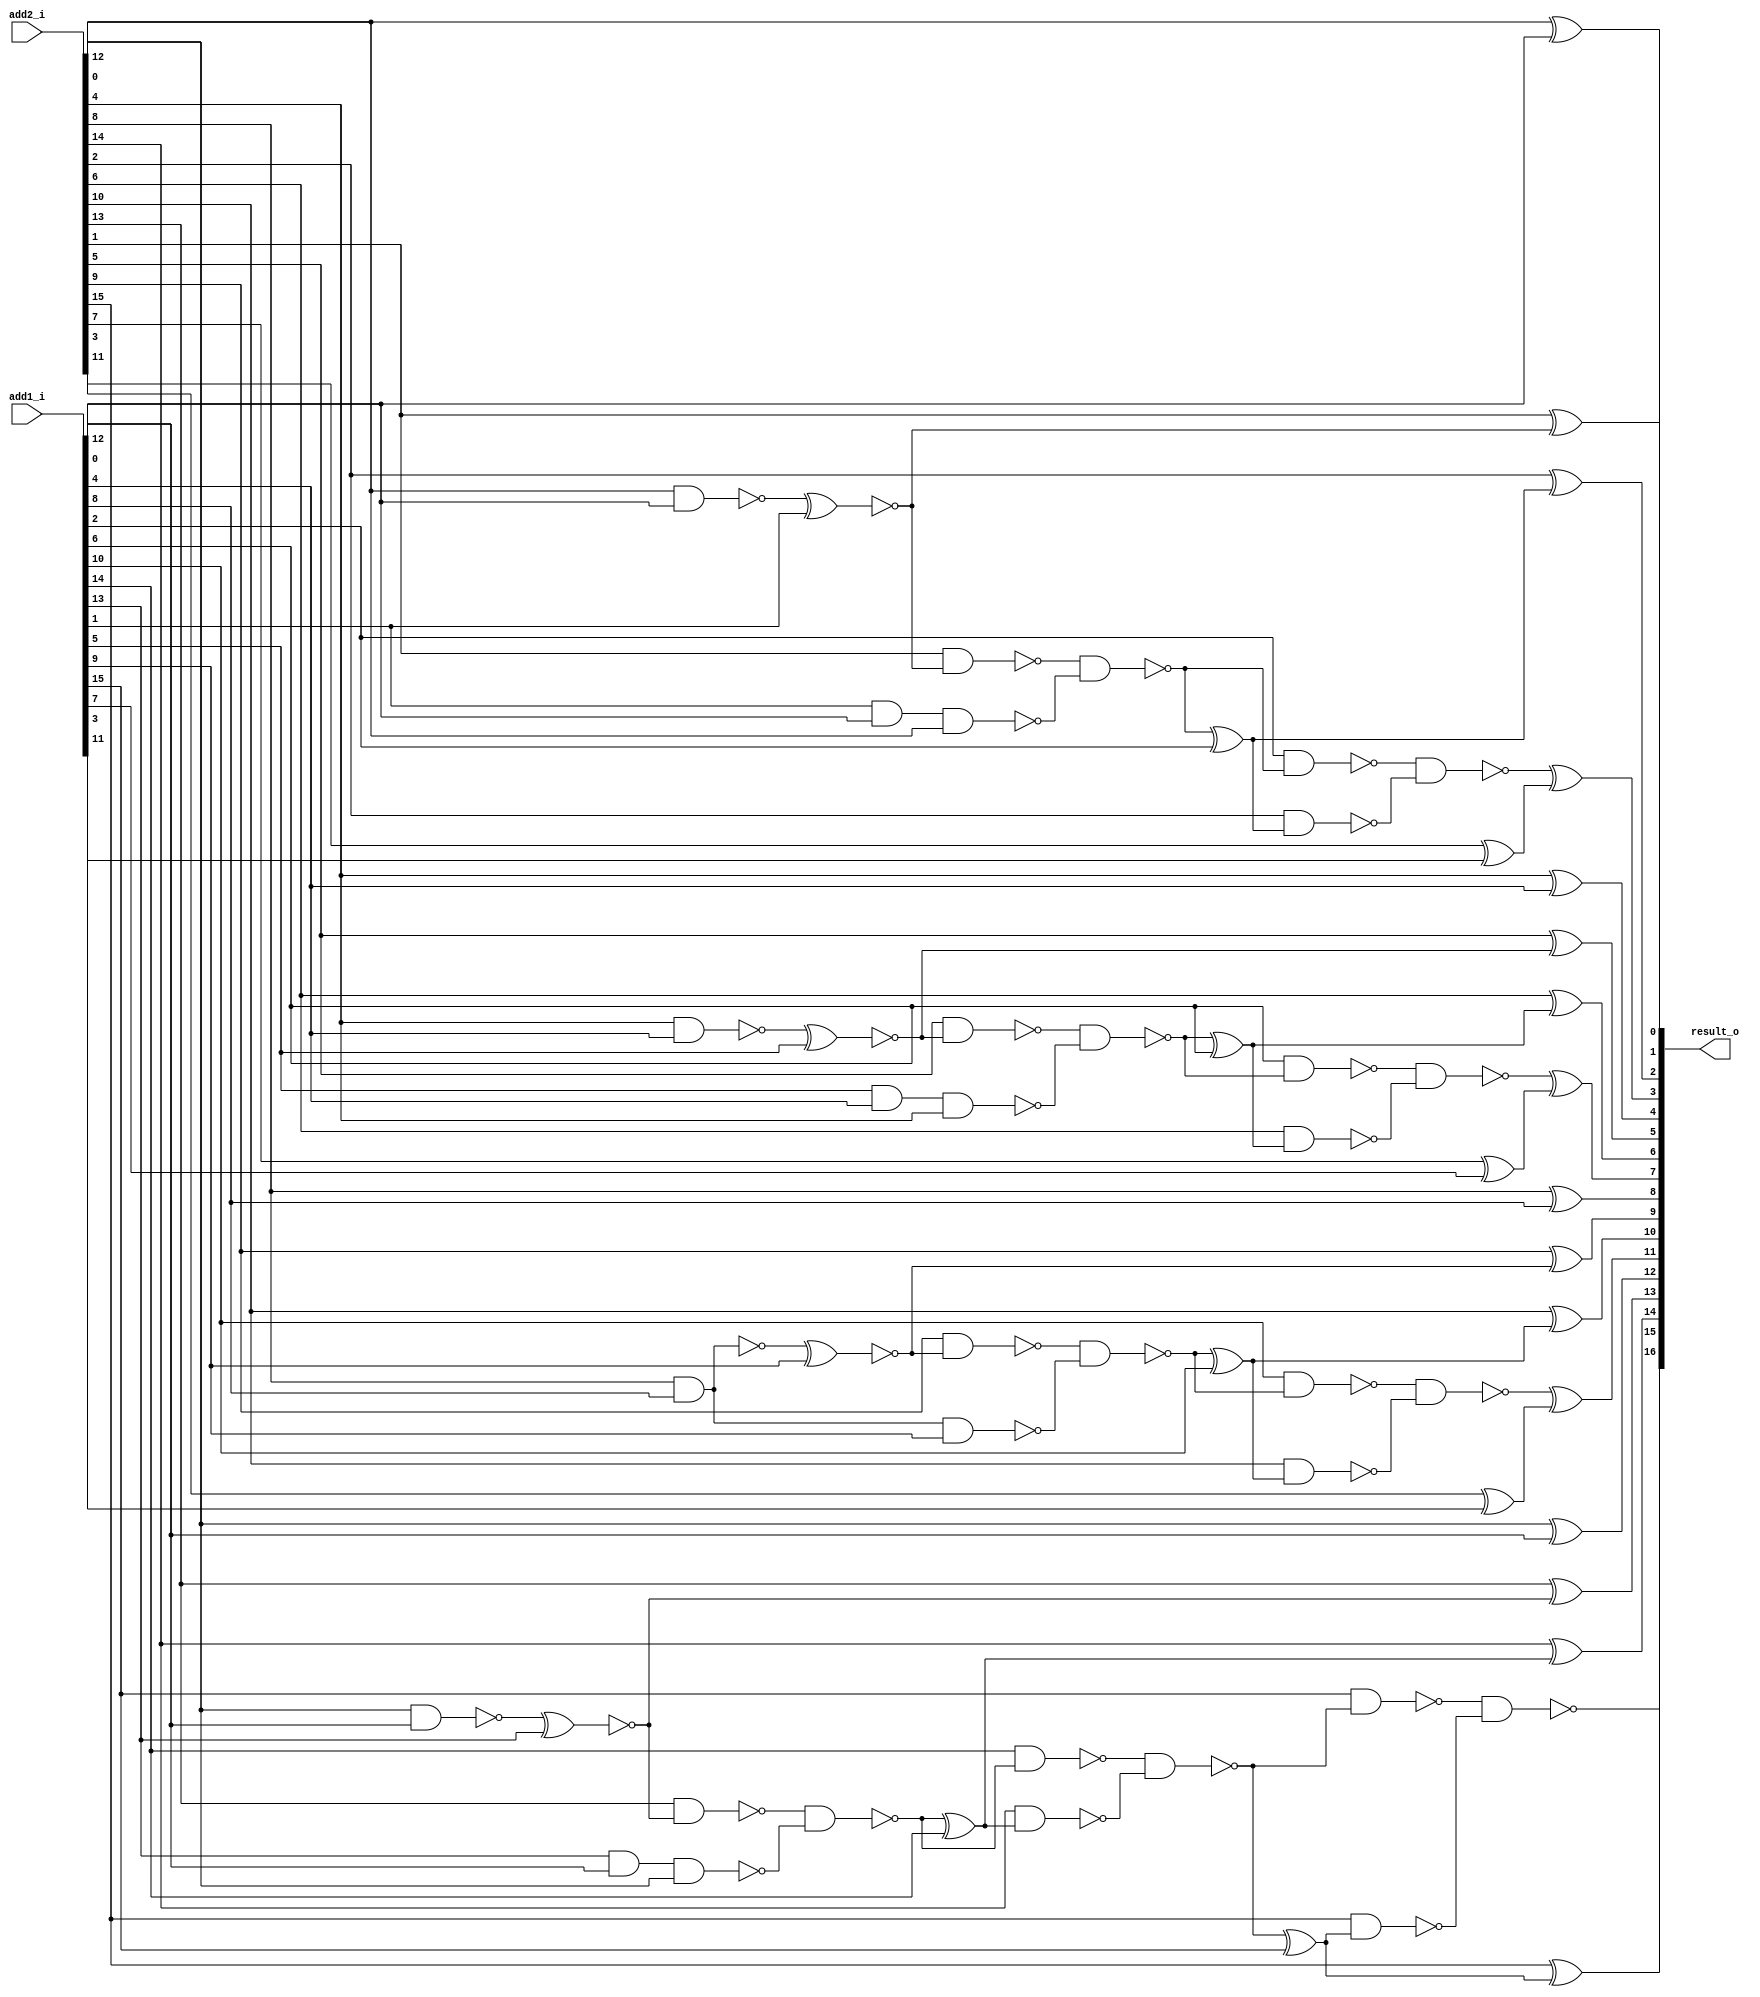
module equal_segmentation_adder16 ( add1_i, add2_i, result_o );
  input [15:0] add1_i, add2_i;
  output [16:0] result_o;
  wire   n28, n29, n30, n31, n32, n33, n34, n35, n36, n37, n38, n39, n40, n41,
         n42, n43, n44, n45, n46, n47, n48, n49, n50, n51, n52, n53, n54, n55,
         n56, n57, n58, n59, n60, n61, n62, n63, n64, n65, n66, n67, n68, n69;

  xor U36 ( result_o[9], add2_i[9], n28);
  xor U37 ( result_o[8], add2_i[8], add1_i[8]);
  xor U38 ( result_o[7], n29, n30);
  xor U39 ( n30, add2_i[7], add1_i[7]);
  xor U40 ( result_o[6], add2_i[6], n33);
  xor U41 ( n33, n34, add1_i[6]);
  xor U42 ( result_o[5], add2_i[5], n37);
  xor U43 ( result_o[4], add2_i[4], add1_i[4]);
  xor U44 ( result_o[3], n39, n40);
  xor U45 ( n40, add2_i[3], add1_i[3]);
  xor U46 ( result_o[2], add2_i[2], n43);
  xor U47 ( n43, n44, add1_i[2]);
  xor U48 ( result_o[1], add2_i[1], n47);
  xor U49 ( result_o[15], add2_i[15], n51);
  xor U50 ( n51, n52, add1_i[15]);
  xor U51 ( result_o[14], add2_i[14], n55);
  xor U52 ( n55, n56, add1_i[14]);
  xor U53 ( result_o[13], add2_i[13], n59);
  xor U54 ( result_o[12], add2_i[12], add1_i[12]);
  xor U55 ( result_o[11], n61, n62);
  xor U56 ( n62, add2_i[11], add1_i[11]);
  xor U57 ( result_o[10], add2_i[10], n65);
  xor U58 ( n65, n66, add1_i[10]);
  xor U59 ( result_o[0], add2_i[0], add1_i[0]);
  xnor U60 ( n59, n60, add1_i[13]);
  nand U61 ( n60, add2_i[12], add1_i[12]);
  xnor U62 ( n47, n48, add1_i[1]);
  nand U63 ( n48, add2_i[0], add1_i[0]);
  xnor U64 ( n37, n38, add1_i[5]);
  nand U65 ( n38, add2_i[4], add1_i[4]);
  xnor U66 ( n28, n69, add1_i[9]);
  nand U67 ( n69, add2_i[8], add1_i[8]);
  nand U68 ( n39, n41, n42);
  nand U69 ( n41, add1_i[2], n44);
  nand U70 ( n29, n31, n32);
  nand U71 ( n31, add1_i[6], n34);
  nand U72 ( n61, n63, n64);
  nand U73 ( n63, add1_i[10], n66);
  nand U74 ( n52, n53, n54);
  nand U75 ( n53, add1_i[14], n56);
  nand U76 ( n54, add2_i[14], n55);
  nand U77 ( n42, add2_i[2], n43);
  nand U78 ( n32, add2_i[6], n33);
  nand U79 ( n64, add2_i[10], n65);
  nand U80 ( n56, n57, n58);
  nand U81 ( n58, add1_i[13], add1_i[12], add2_i[12]);
  nand U82 ( n57, add2_i[13], n59);
  nand U83 ( n44, n45, n46);
  nand U84 ( n46, add1_i[1], add1_i[0], add2_i[0]);
  nand U85 ( n45, add2_i[1], n47);
  nand U86 ( n34, n35, n36);
  nand U87 ( n36, add1_i[5], add1_i[4], add2_i[4]);
  nand U88 ( n35, add2_i[5], n37);
  nand U89 ( n66, n67, n68);
  nand U90 ( n68, add2_i[8], add1_i[8], add1_i[9]);
  nand U91 ( n67, add2_i[9], n28);
  nand U92 ( result_o[16], n49, n50);
  nand U93 ( n49, add1_i[15], n52);
  nand U94 ( n50, add2_i[15], n51);
endmodule